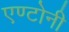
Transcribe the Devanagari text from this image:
एण्टोनी